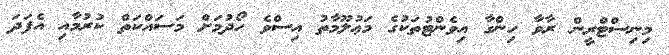
މިނިސްޓްރީން ރާވާ ހިންގާ އިވެންޓުތަކުގެ މަޢުލޫމާތު އިސްވެ ހޯދުމަށް މަސައްކަތް ކުރުމާއި އެފަދަ